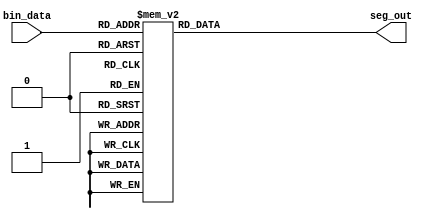
module bin2seg (
    input [3:0] bin_data, // Binary input data
    output [7:0] seg_out // 7-segment output data (index 7 is don't care)
    );

    // **** TODO **** //
    reg [7:0] seg_out;

    always @(bin_data) begin
        case (bin_data)
            4'b0000 : seg_out = 8'b00000001;
            4'b0001 : seg_out = 8'b11001111;
            4'b0010 : seg_out = 8'b10010010;
            4'b0011 : seg_out = 8'b10000110;
            4'b0100 : seg_out = 8'b11001100;
            4'b0101 : seg_out = 8'b10100100;
            4'b0110 : seg_out = 8'b10100000;
            4'b0111 : seg_out = 8'b10001111;
            4'b1000 : seg_out = 8'b10000000;
            4'b1001 : seg_out = 8'b10000100;
            default : seg_out = 8'b11111111; 
        endcase
    end
    // ************** // 
endmodule